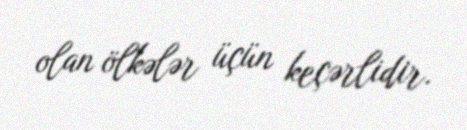
olan ölkələr üçün keçərlidir.